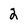
Character: 2